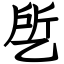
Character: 乺